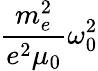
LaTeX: \frac{m_{e}^{2}}{e^{2}\mu_{0}}\omega_{0}^{2}